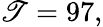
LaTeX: \mathscr{T}=97,